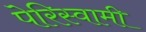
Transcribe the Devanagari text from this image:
पेरिस्वामी